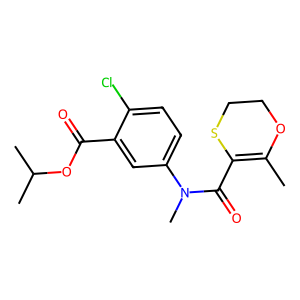
SMILES: CC1=C(C(=O)N(C)c2ccc(Cl)c(C(=O)OC(C)C)c2)SCCO1
Inhibits HIV replication: No